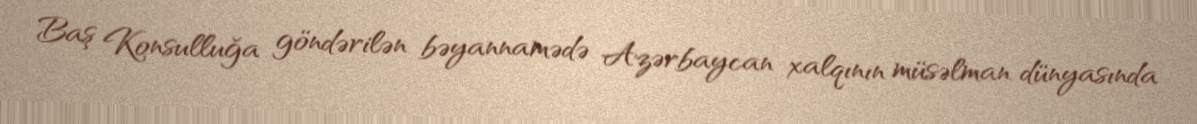
Baş Konsulluğa göndərilən bəyannamədə Azərbaycan xalqının müsəlman dünyasında